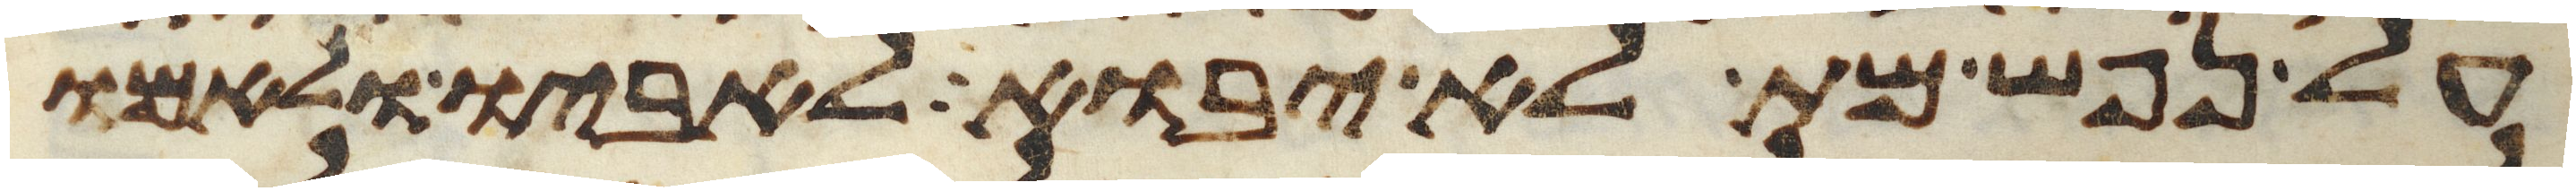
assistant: על נפש מת לא יבוא לאביו ולאמו